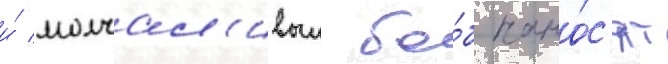
и́ молчал'ивыи бо́б нано́с'ят